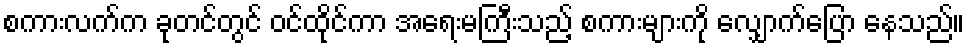
စကားလက်က ခုတင်တွင် ဝင်ထိုင်ကာ အရေးမကြီးသည့် စကားများကို လျှောက်ပြော နေသည်။